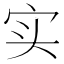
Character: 实